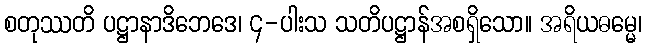
စတုဿတိ ပဋ္ဌာနာဒိဘေဒေ၊ ၄-ပါးသ သတိပဋ္ဌာန်အစရှိသော။ အရိယဓမ္မေ၊